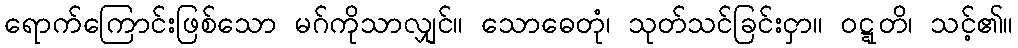
ရောက်ကြောင်းဖြစ်သော မဂ်ကိုသာလျှင်။ သောဓေတုံ၊ သုတ်သင်ခြင်းငှာ။ ဝဋ္ဋတိ၊ သင့်၏။